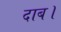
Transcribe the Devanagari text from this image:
दाब।